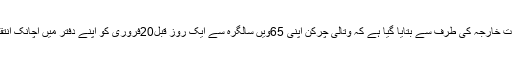
روسی وزارت خارجہ کی طرف سے بتایا گیا ہے کہ وتالی چرکن اپنی 65ویں سالگرہ سے ایک روز قبل20فروری کو اپنے دفتر میں اچانک انتقال کر گئے۔